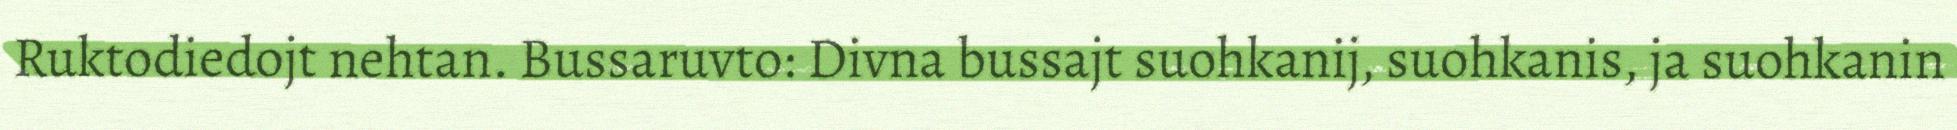
Ruktodiedojt nehtan. Bussaruvto: Divna bussajt suohkanij, suohkanis, ja suohkanin